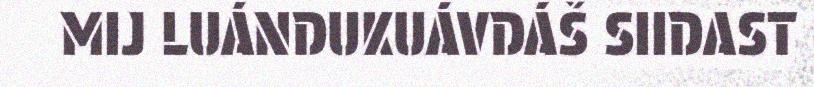
MIJ LUÁNDUKUÁVDÁŠ SIIDAST